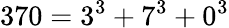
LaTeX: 370=3^{3}+7^{3}+0^{3}